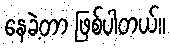
နေခဲ့တာ ဖြစ်ပါတယ်။